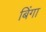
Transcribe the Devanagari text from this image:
बिंगा